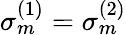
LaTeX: \sigma_{m}^{(1)}=\sigma_{m}^{(2)}